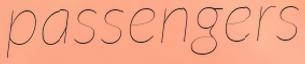
passengers